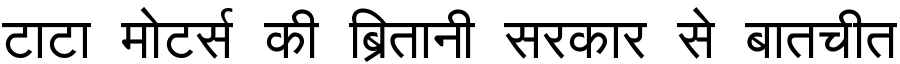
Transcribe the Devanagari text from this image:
टाटा मोटर्स की ब्रितानी सरकार से बातचीत